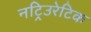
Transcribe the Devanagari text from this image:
नट्रिउरेटिक